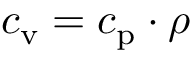
c _ { \mathrm { v } } = c _ { \mathrm { p } } \cdot \rho